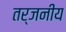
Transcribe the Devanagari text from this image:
तर्जनीय